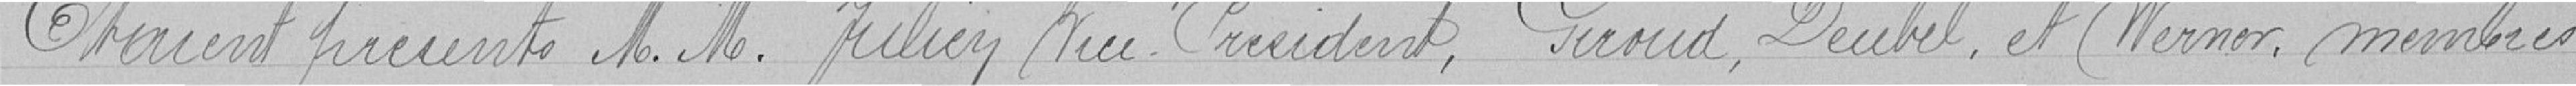
Etaient présents Messieurs Julien Peu Président, Giroud, Deubel et Werner, membres.